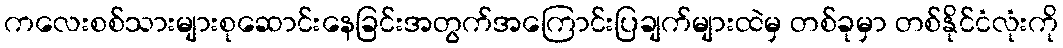
ကလေးစစ်သားများစုဆောင်းနေခြင်းအတွက်အကြောင်းပြချက်များထဲမှ တစ်ခုမှာ တစ်နိုင်ငံလုံးကို